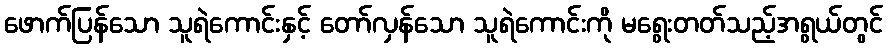
ဖောက်ပြန်သော သူရဲကောင်းနှင့် တော်လှန်သော သူရဲကောင်းကို မရွေးတတ်သည့်အရွယ်တွင်